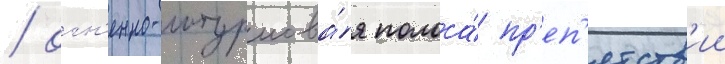
/ огн'енно-штурмова́я полоса́ пр'еп'ятств'ии